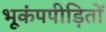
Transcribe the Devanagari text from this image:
भूकंपपीड़ितों